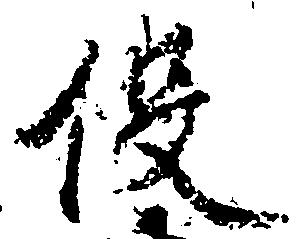
役